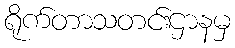
ရိုက်တာသတင်းဌာနမှ